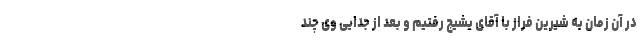
در آن زمان به شیرین فراز با آقای یشیچ رفتیم و بعد از جدایی وی چند